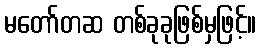
မတော်တဆ တစ်ခုခုဖြစ်မှဖြင့်။